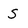
Character: S